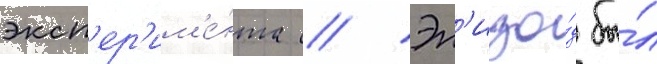
эксп'ер'им'е́нта // Эп'изо́д бы́л